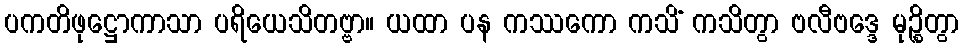
ပကတိဖုဋ္ဌောကာသာ ပရိယေသိတဗ္ဗာ။ ယထာ ပန ကဿကော ကသိံ ကသိတွာ ဗလီဗဒ္ဒေ မုဉ္စိတွာ